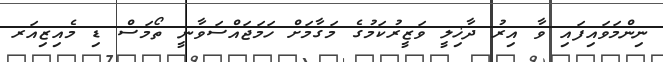
ނިންމަވައިފައި ވާ އިރު ދާޚިލީ ވަޒީރުކަމުގެ މަގާމަށް ހަމަޖައްސަވާނީ ތޯމަސް ޑި މެއިޒިއަރ